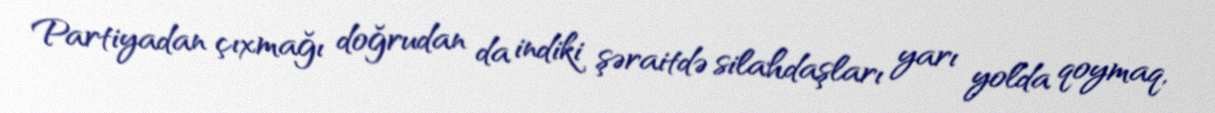
Partiyadan çıxmağı doğrudan da indiki şəraitdə silahdaşları yarı yolda qoymaq,